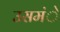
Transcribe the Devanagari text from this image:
उसमंे